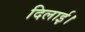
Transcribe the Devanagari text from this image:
दिलार्इ।